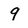
Character: 9